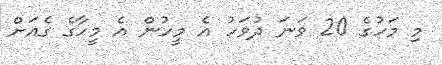
މި މަހުގެ 20 ވަނަ ދުވަހު އެ މީހުން އެ މީހާގެ ގެއަށް